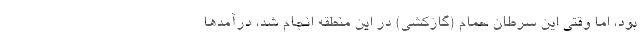
بود، اما وقتی این سرطان حمام (گازکشی) در این منطقه انجام شد، درآمدها